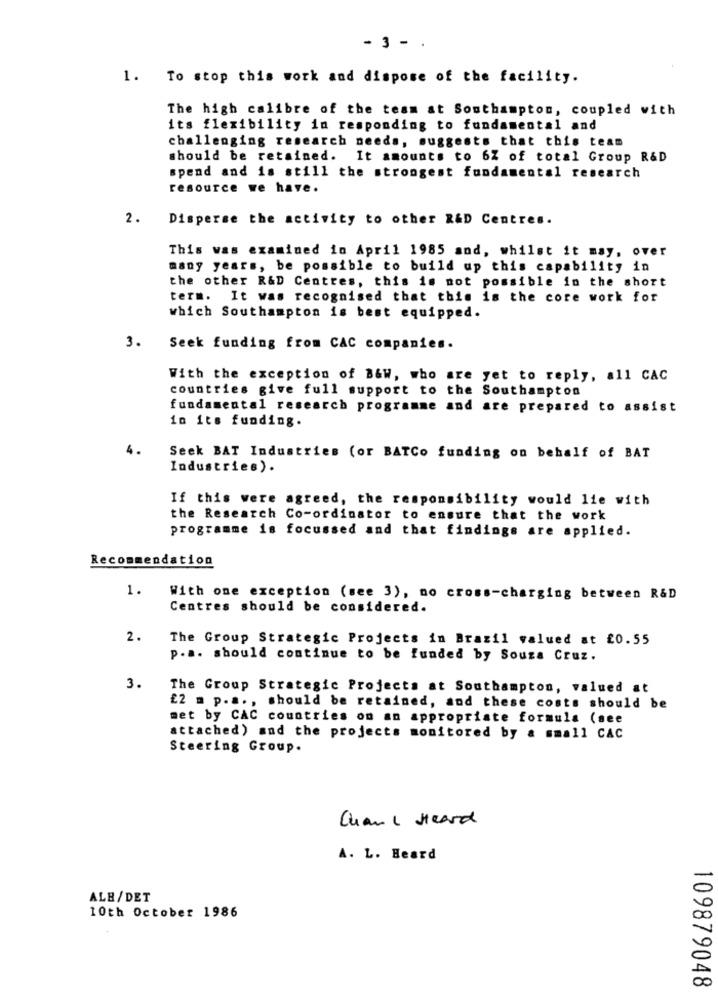
- 3 - .
1. To stop this work and dispose of the facility.
The high calibre of the team at Southampton, coupled with
its flexibility in responding to fundamental and
challenging research needs, suggests that this team
should be retained. It amounts to 6Z of total Group R&D
spend and is still the strongest fundamental research
resource we have.
2.
Disperse the activity to other R&D Centres.
This was examined in April 1985 and, whilst it may, over
many years, be possible to build up this capability in
the other R&D Centres, this is not possible in the short
term. It was recognised that this is the core work for
which Southampton is best equipped.
3.
Seek funding from CAC companies.
With the exception of B&w, who are yet to reply, all CAC
countries give full support to the Southampton
fundamental research programme and are prepared to assist
in its funding.
4.
Seek BAT Industries (or BATCo funding on behalf of BAT
Industries).
If this were agreed, the responsibility would lie with
the Research Co-ordinator to ensure that the work
programme is focussed and that findings are applied.
Recommendation
1.
With one exception (see 3), no cross-charging between R&D
Centres should be considered.
2.
The Group Strategic Projects in Brazil valued at £0.55
p.a. should continue to be funded by Souza Cruz.
3.
The Group Strategic Projects at Southampton, valued at
£2 m p.a. , should be retained, and these costs should be
met by CAC countries on an appropriate formula (see
attached) and the projects monitored by a small CAC
Steering Group.
Chane Heard
A. L. Beard
ALB/DET
10th October 1986
109879048